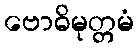
ဗောဓိမုတ္တမံ